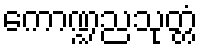
ကောဏ္ဍညသုတ္တံ